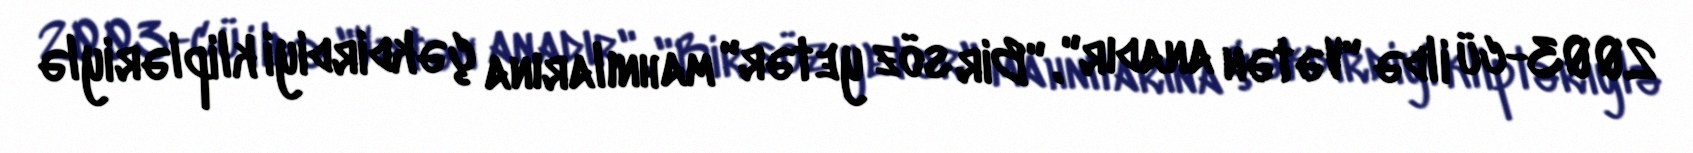
2003-cü ildə "Vətən anadır", "Bir söz yetər" mahnılarına çəkdirdiyi klipləriylə